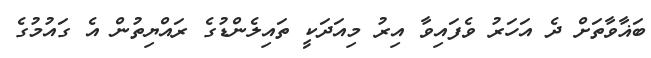
ބަޣާވާތަށް ދެ އަހަރު ވެފައިވާ އިރު މިއަދަކީ ތައިލެންޑުގެ ރައްޔިތުން އެ ގައުމުގެ